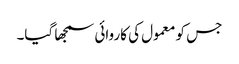
جس کو معمول کی کاروائی سمجھا گیا۔